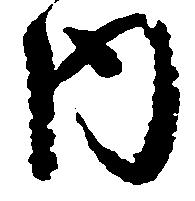
内